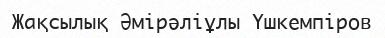
Жақсылық Әмірәліұлы Үшкемпіров